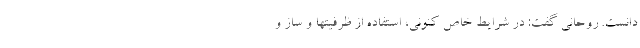
دانست. روحانی گفت: در شرایط خاص کنونی، استفاده از ظرفیتها و ساز و